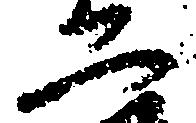
二